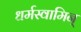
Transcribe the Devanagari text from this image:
धर्मस्वामिन्